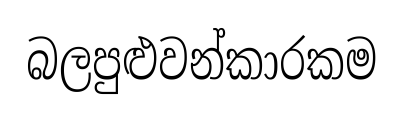
බලපුළුවන්කාරකම